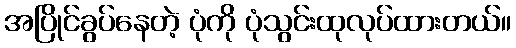
အပြိုင်ခွပ်နေတဲ့ ပုံကို ပုံသွင်းထုလုပ်ထားတယ်။